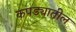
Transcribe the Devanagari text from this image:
कपड्यातील